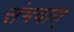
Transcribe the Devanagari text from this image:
संभवात्‌